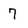
Character: 7